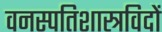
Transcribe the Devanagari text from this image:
वनस्पतिशास्त्रविदों